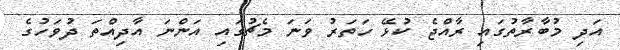
އަދި މުބާރާތުގައި ރާއްޖެ ކުޅޭ ހަތަރު ވަނަ މެޗުގައި އަންނަ އާދިއްތަ ދުވަހުގެ